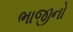
ભાજીનો